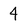
Character: 4